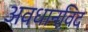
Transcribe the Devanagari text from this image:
अवधानविद